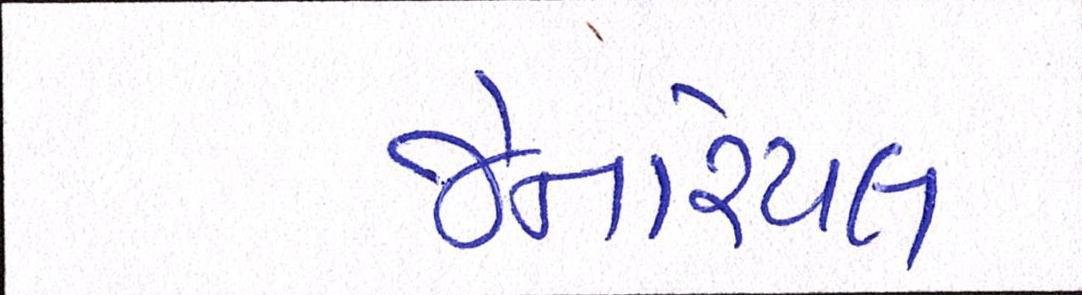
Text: જેનરિયલ